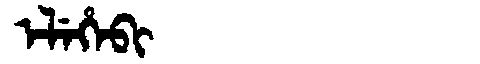
Manchu: ᡝᠯᡝᡥᡝᠪᡳ
Romanization: ELEHEBI